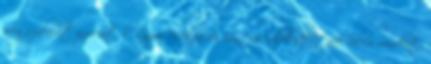
megszabadít ingemtől. Lázas csókjai és érintése elfeledtetnek velem mindent.